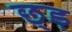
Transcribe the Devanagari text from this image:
छ्ड़